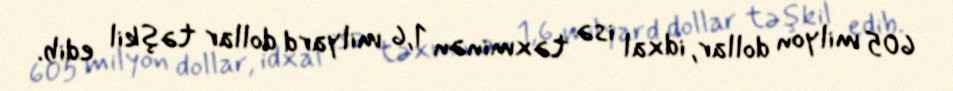
605 milyon dollar, idxal isə təxminən 1,6 milyard dollar təşkil edib.